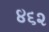
૪૬૨